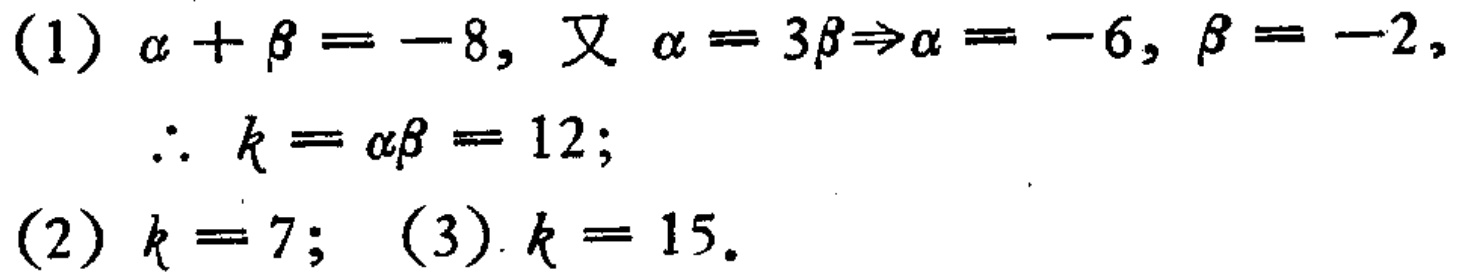
(1) $\alpha+\beta=-8$, 又 $\alpha = 3\beta\Rightarrow\alpha=-6$, $\beta=-2$,
    $\therefore k = \alpha\beta=12$;
(2) $k = 7$; (3) $k = 15$.